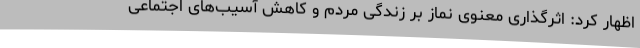
اظهار کرد: اثرگذاری معنوی نماز بر زندگی مردم و کاهش آسیب‌های اجتماعی